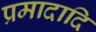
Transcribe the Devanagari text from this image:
प्रमादादि